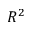
R ^ { 2 }